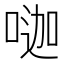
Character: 𠷉